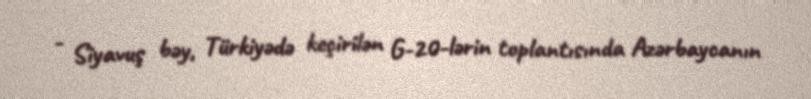
- Siyavuş bəy, Türkiyədə keçirilən G-20-lərin toplantısında Azərbaycanın